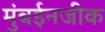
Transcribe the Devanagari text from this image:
मुंबईनजीक